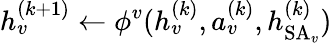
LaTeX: h_{v}^{(k+1)}\gets\phi^{v}(h_{v}^{(k)},a_{v}^{(k)},h_{\operatorname{SA}_{v}}^{(k)})